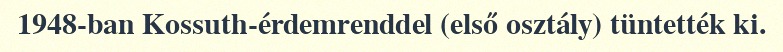
1948-ban Kossuth-érdemrenddel (első osztály) tüntették ki.